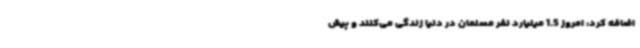
اضافه کرد: امروز 1.5 میلیارد نفر مسلمان در دنیا زندگی می‌کنند و پیش